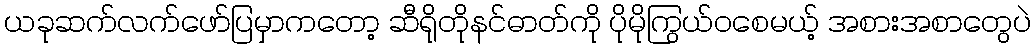
ယခုဆက်လက်ဖော်ပြမှာကတော့ ဆီရိုတိုနင်ဓာတ်ကို ပိုမိုကြွယ်ဝစေမယ့် အစားအစာတွေပဲ